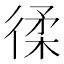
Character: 𢔟